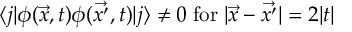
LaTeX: \langle j | \phi ( \vec { x } , t ) \phi ( \vec { x ^ { \prime } } , t ) | j \rangle \not = 0 \; \mathrm { f o r } \; | \vec { x } - \vec { x ^ { \prime } } | = 2 | t |